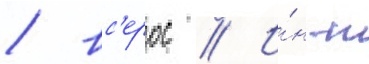
/ вс'ерос // И́н-т